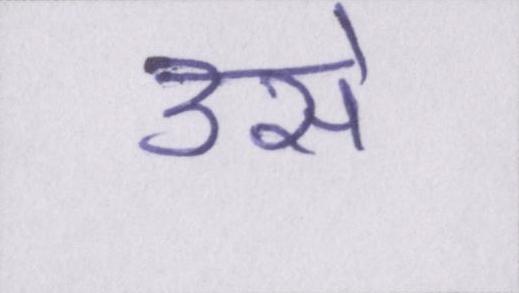
उसे